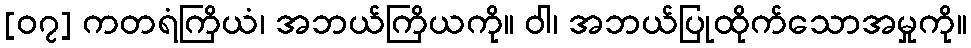
[၀၇] ကတရံကြိယံ၊ အဘယ်ကြိယကို။ ဝါ၊ အဘယ်ပြုထိုက်သောအမှုကို။